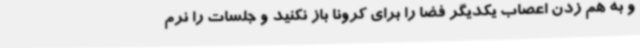
و به هم زدن اعصاب یکدیگر فضا را برای کرونا باز نکنید و جلسات را نرم